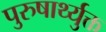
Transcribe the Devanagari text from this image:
पुरुषार्थ्युक्त